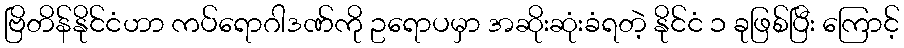
ဗြိတိန်နိုင်ငံဟာ ကပ်ရောဂါဒဏ်ကို ဥရောပမှာ အဆိုးဆုံးခံရတဲ့ နိုင်ငံ ၁ ခုဖြစ်ပြီး ကြောင့်